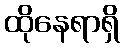
ထိုနေရာရှိ